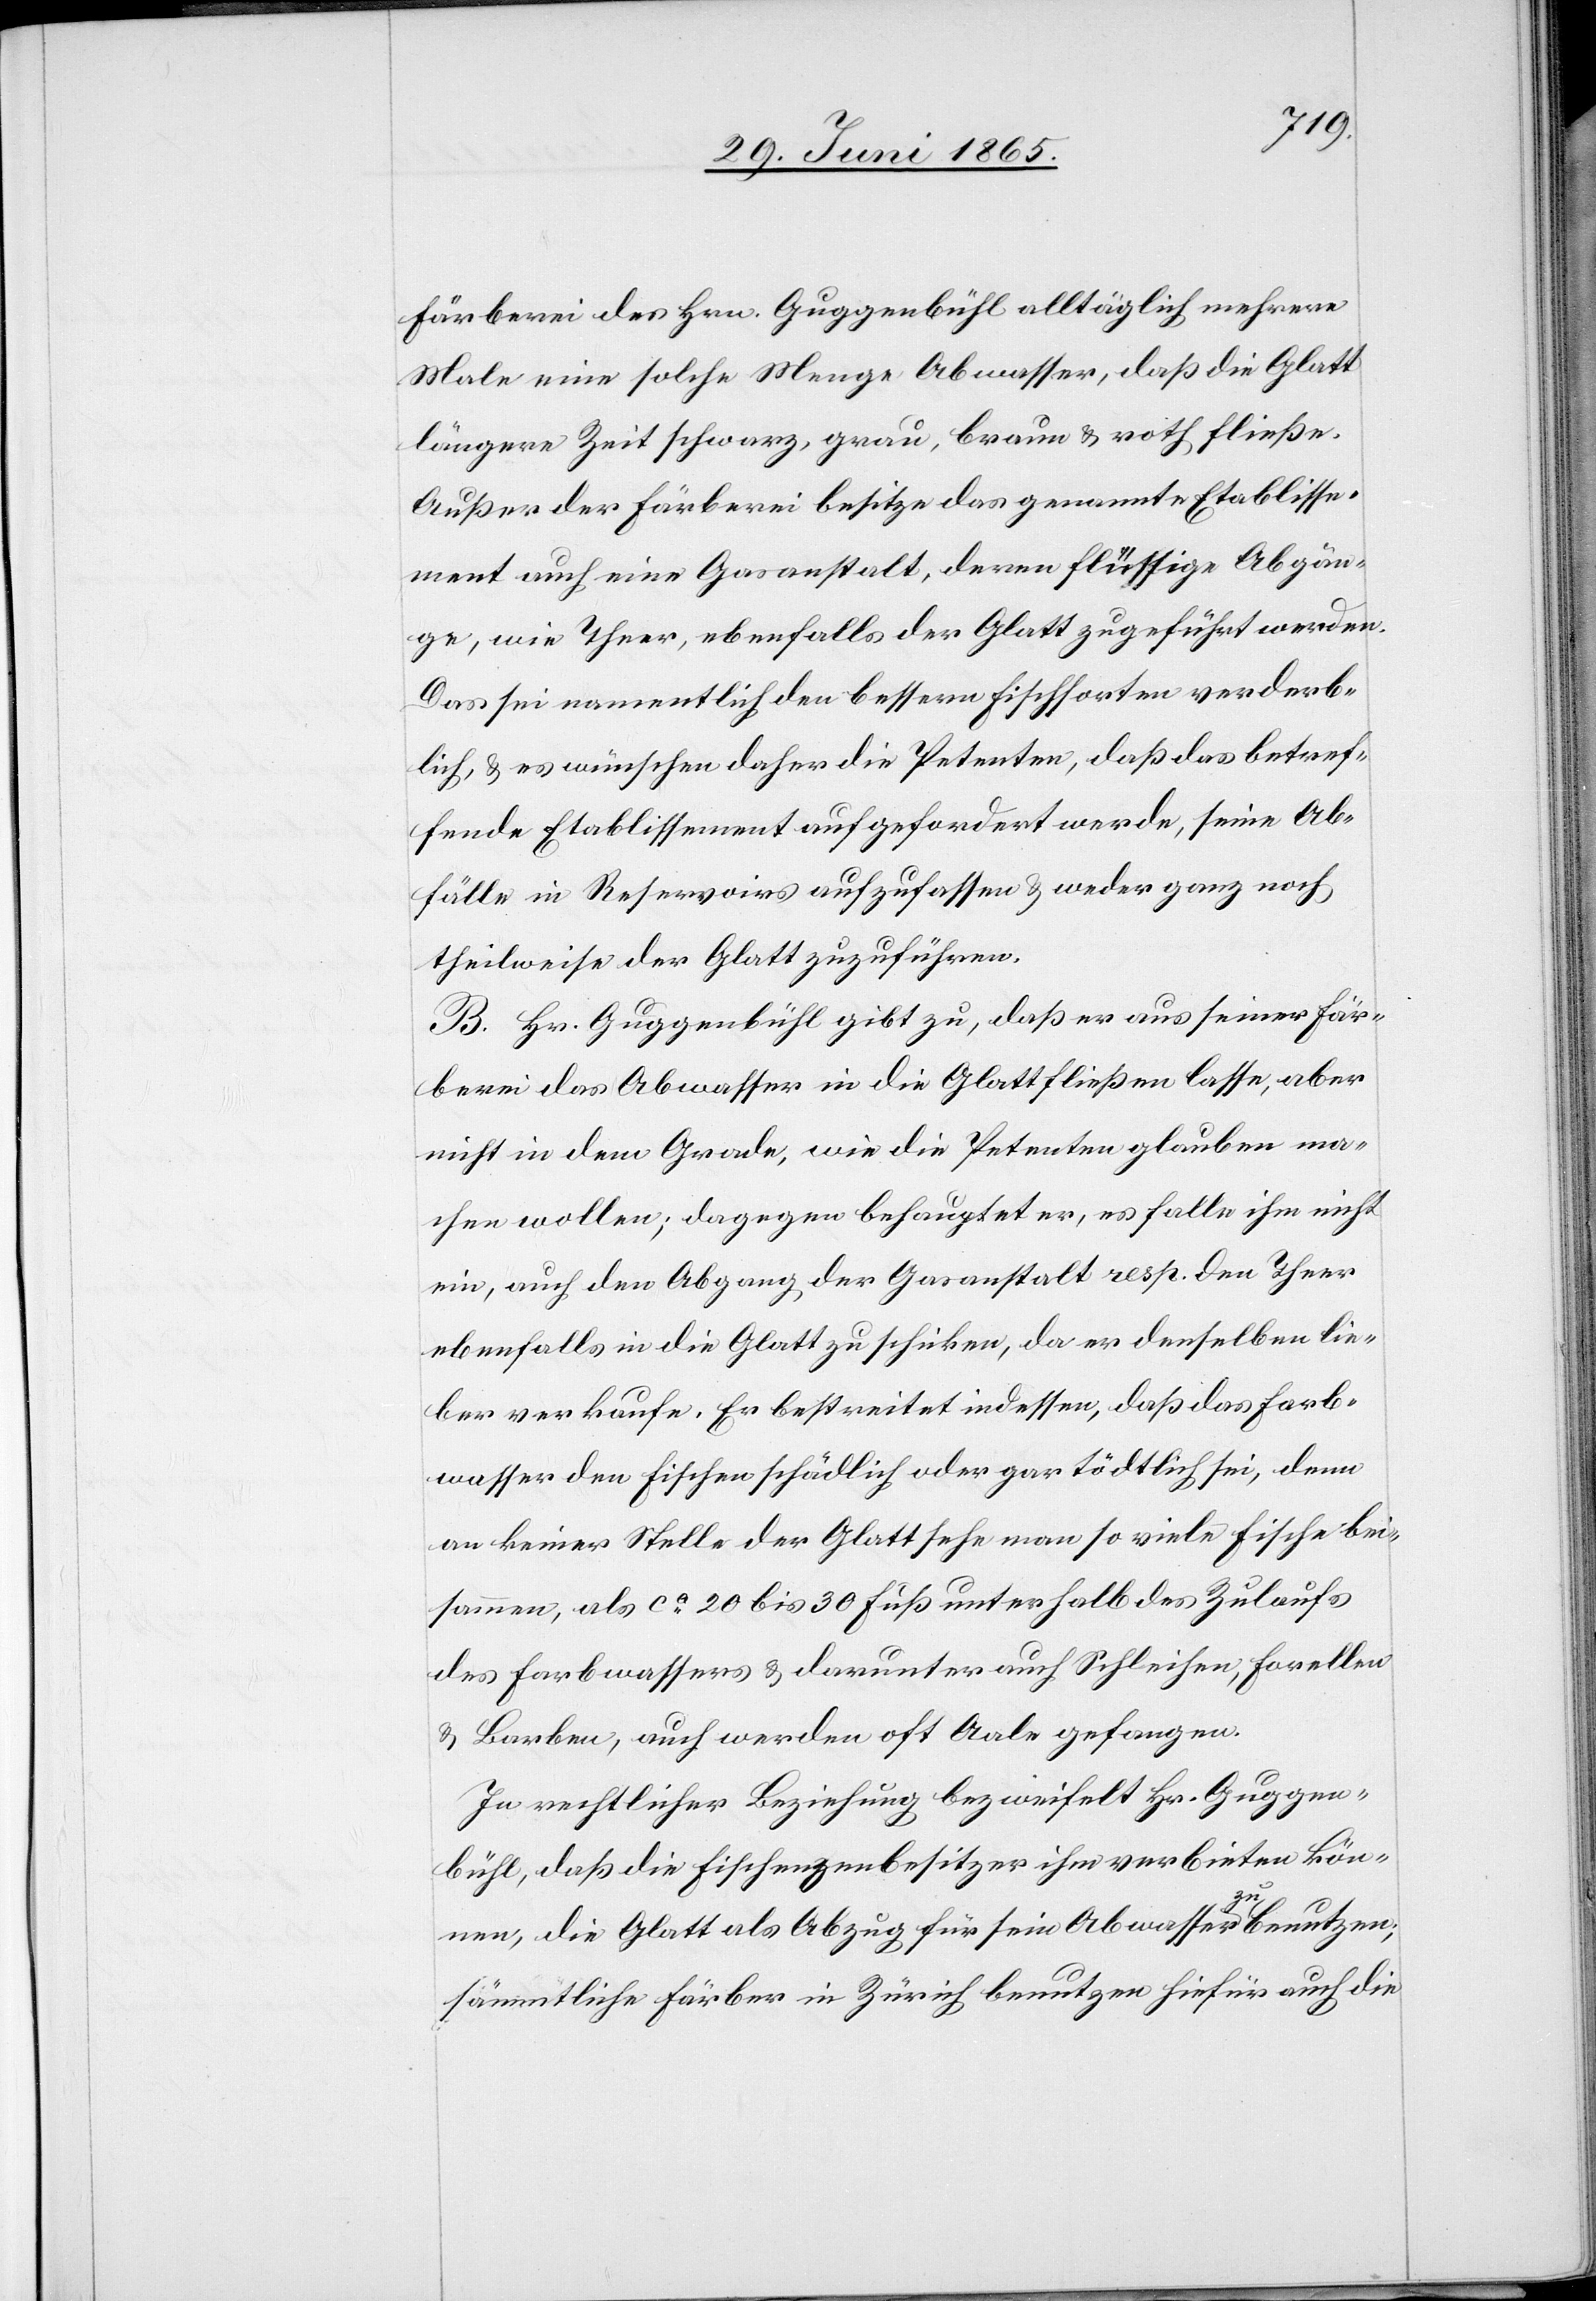
Färberei des Hrn. Guggenbühl alltäglich mehrere
Male eine solche Menge Abwasser, daß die Glatt
längere Zeit schwarz, grau, braun & roth fließe.
Außer der Färberei besitze das genannte Etablisse¬
ment auch eine Gasanstalt, deren flüssige Abgän¬
ge, wie Theer, ebenfalls der Glatt zugeführt werden.
Das sei namentlich den bessern Fischsorten verderb¬
lich, & es wünschen daher die Petenten, daß das betref¬
fende Etablissement aufgefordert werde, seine Ab¬
fälle in Reservoirs aufzufassen & weder ganz noch
theilweise der Glatt zuzuführen.
B. Hr. Guggenbühl gibt zu, daß er aus seiner Fär¬
berei das Abwasser in die Glatt fließen lasse, aber
nicht in dem Grade, wie die Petenten glauben ma¬
chen wollen; dagegen behauptet er, es falle ihm nicht
ein, auch den Abgang der Gasanstalt resp. den Theer
ebenfalls in die Glatt zu schicken, da er denselben lie¬
ber verkaufe. Er bestreitet indessen, daß das Farb¬
wasser den Fischen schädlich oder gar tödtlich sei, denn
an keiner Stelle der Glatt sehe man so viele Fische bei¬
sammen, als ca 20 bis 30 Fuß unterhalb des Zulaufs
des Farbwassers & darunter auch Schleihen, Forellen
& Barben, auch werden oft Aale gefangen.
In rechtlicher Beziehung bezweifelt Hr. Guggen¬
bühl, das die Fischenzenbesitzer ihm verbieten kön¬
nen, die Glatt als Abzug für sein Abwasser zu benutzen;
sämmtliche Färber in Zürich benutzen hiefür auch die